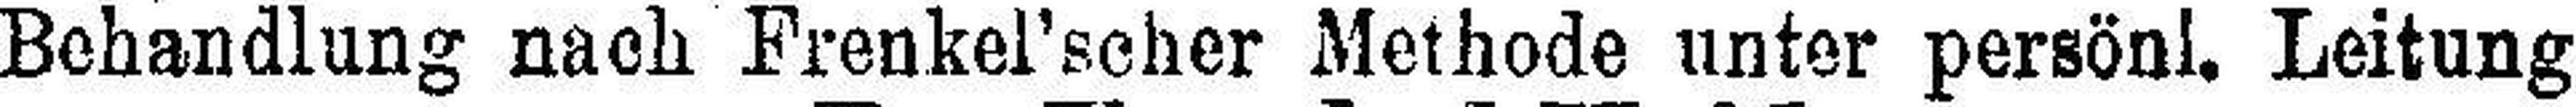
Behandlung nach Frenkel’scher Methode unter persönl. Leitung